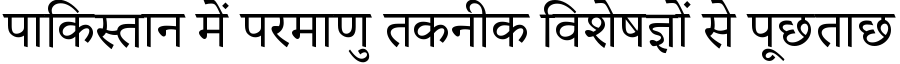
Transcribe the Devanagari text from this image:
पाकिस्तान में परमाणु तकनीक विशेषज्ञों से पूछताछ